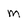
Character: m